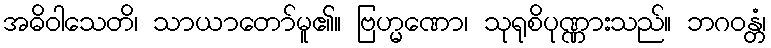
အဓိဝါသေတိ၊ သာယာတော်မူ၏။ ဗြဟ္မဏော၊ သုရုစိပုဏ္ဏားသည်။ ဘဂဝန္တံ၊